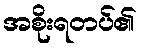
အစိုးရတပ်၏